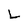
Character: L